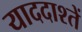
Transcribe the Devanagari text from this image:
याददाश्तें